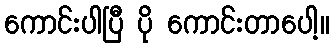
ကောင်းပါပြီ ပို ကောင်းတာပေါ့။